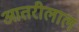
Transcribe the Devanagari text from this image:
आतरीलाल